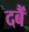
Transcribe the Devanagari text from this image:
दबैं